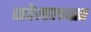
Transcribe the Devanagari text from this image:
काेमलवार